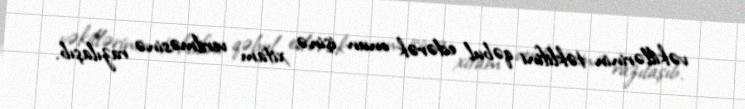
vəkillərinin təklifini qəbul edərək onun işinə xitam verilməsinə razılaşıb.